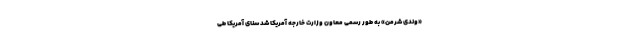
«وندی شرمن» به طور رسمی معاون وزارت خارجه آمریکا شد سنای آمریکا طی